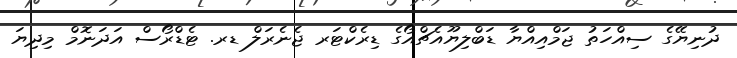
ދުނިޔޭގެ ސިއްހަތު ޖަމްއިއްޔާ ޑަބްލިޔޫއެޗްއޯގެ ޑިރެކްޓަރ ޖެނެރަލް ޑރ. ޓެޑްރޯސް އަދަނޮމް މިދިޔަ